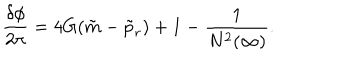
\frac { \delta \phi } { 2 \pi } = 4 G ( \tilde { m } - \tilde { p } _ { r } ) + 1 - \frac { 1 } { N ^ { 2 } ( \infty ) } .